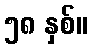
၅၈ နှစ်။